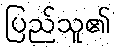
ပြည်သူ၏